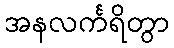
အနလင်္ကရိတွာ